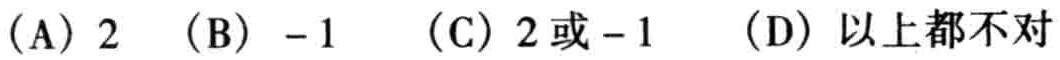
(A) \(2\)  (B) \(-1\)  (C) \(2或 - 1\)  (D) 以上都不对